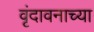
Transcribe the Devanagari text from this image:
वृंदावनाच्या